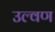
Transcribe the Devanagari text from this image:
उल्वण